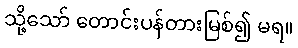
သို့သော် တောင်းပန်တားမြစ်၍ မရ။